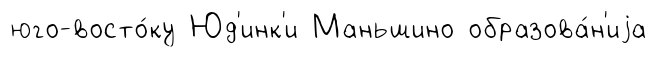
юго-восто́ку Юд'инк'и Маньшино образова́н'иjа